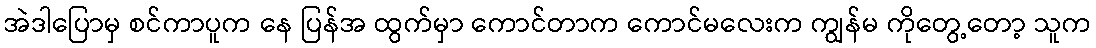
အဲဒါပြောမှ စင်ကာပူက နေ ပြန်အ ထွက်မှာ ကောင်တာက ကောင်မလေးက ကျွန်မ ကိုတွေ့တော့ သူက